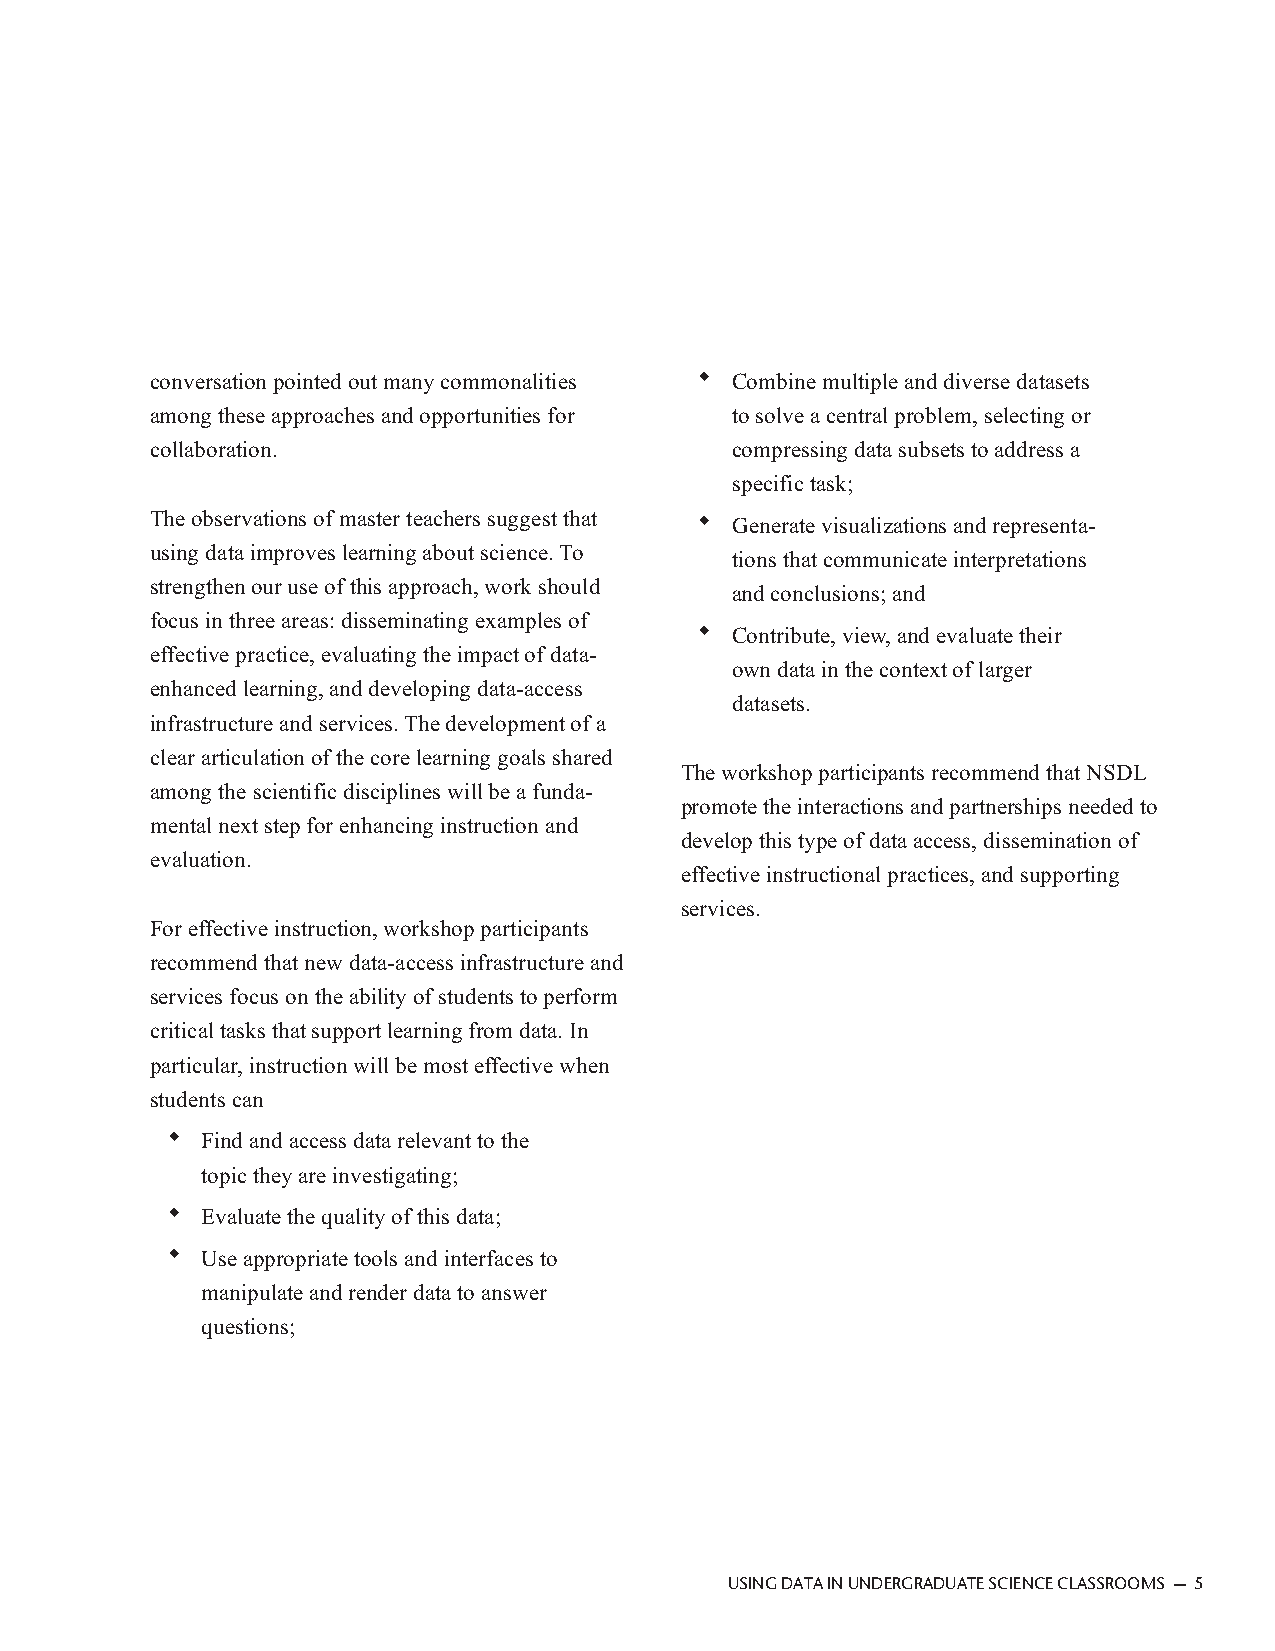
conversation pointed out many commonalities ◆ Combine multiple and diverse datasets
 among these approaches and opportunities for to solve a central problem, selecting or
 collaboration.                        compressing data subsets to address a
 specific task;
 The observations of master teachers suggest that ◆ Generate visualizations and representa-
 using data improves learning about science. To
 tions that communicate interpretations
 strengthen our use of this approach, work should
 and conclusions; and
 focus in three areas: disseminating examples of
 ◆ Contribute, view, and evaluate their
 effective practice, evaluating the impact of data-
 own data in the context of larger
 enhanced learning, and developing data-access
 datasets.
 infrastructure and services. The development of a
 clear articulation of the core learning goals shared
 The workshop participants recommend that NSDL
 among the scientific disciplines will be a funda-
 promote the interactions and partnerships needed to
 mental next step for enhancing instruction and
 develop this type of data access, dissemination of
 evaluation.
 effective instructional practices, and supporting
 services.
 For effective instruction, workshop participants
 recommend that new data-access infrastructure and
 services focus on the ability of students to perform
 critical tasks that support learning from data. In
 particular, instruction will be most effective when
 students can
 ◆ Find and access data relevant to the
 topic they are investigating;
 ◆ Evaluate the quality of this data;
 ◆ Use appropriate tools and interfaces to
 manipulate and render data to answer
 questions;
 USING DATA IN UNDERGRADUATE SCIENCE CLASSROOMS — 5